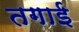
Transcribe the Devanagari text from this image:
तगाई